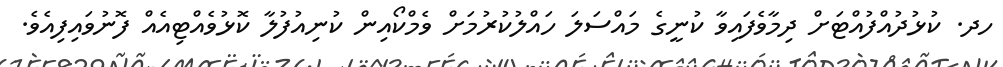
ހދ. ކުޅުދުއްފުއްޓަށް ދިމާވެފައިވާ ކުނީގެ މައްސަލަ ހައްލުކުރުމަށް ވެމްކޯއިން ކުނިއުފުލާ ކޮޅުވެއްޓިއެއް ފޮނުވައިފިއެވެ.